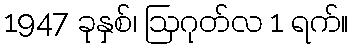
1947 ခုနှစ်၊ ဩဂုတ်လ 1 ရက်။